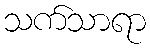
သက်သာရာ